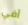
أفي